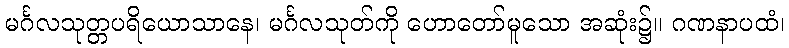
မင်္ဂလသုတ္တပရိယောသာနေ၊ မင်္ဂလသုတ်ကို ဟောတော်မူသော အဆုံး၌။ ဂဏနာပထံ၊